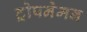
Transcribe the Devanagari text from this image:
ट्रोपनेमन